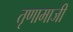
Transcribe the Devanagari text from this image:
तृणामाजी